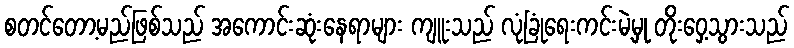
စတင်တော့မည်ဖြစ်သည် အကောင်းဆုံးနေရာများ ကျူးသည် လုံခြုံရေးကင်းမဲ့မှု တိုးဝှေ့သွားသည်